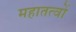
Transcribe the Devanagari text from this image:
महातत्वों